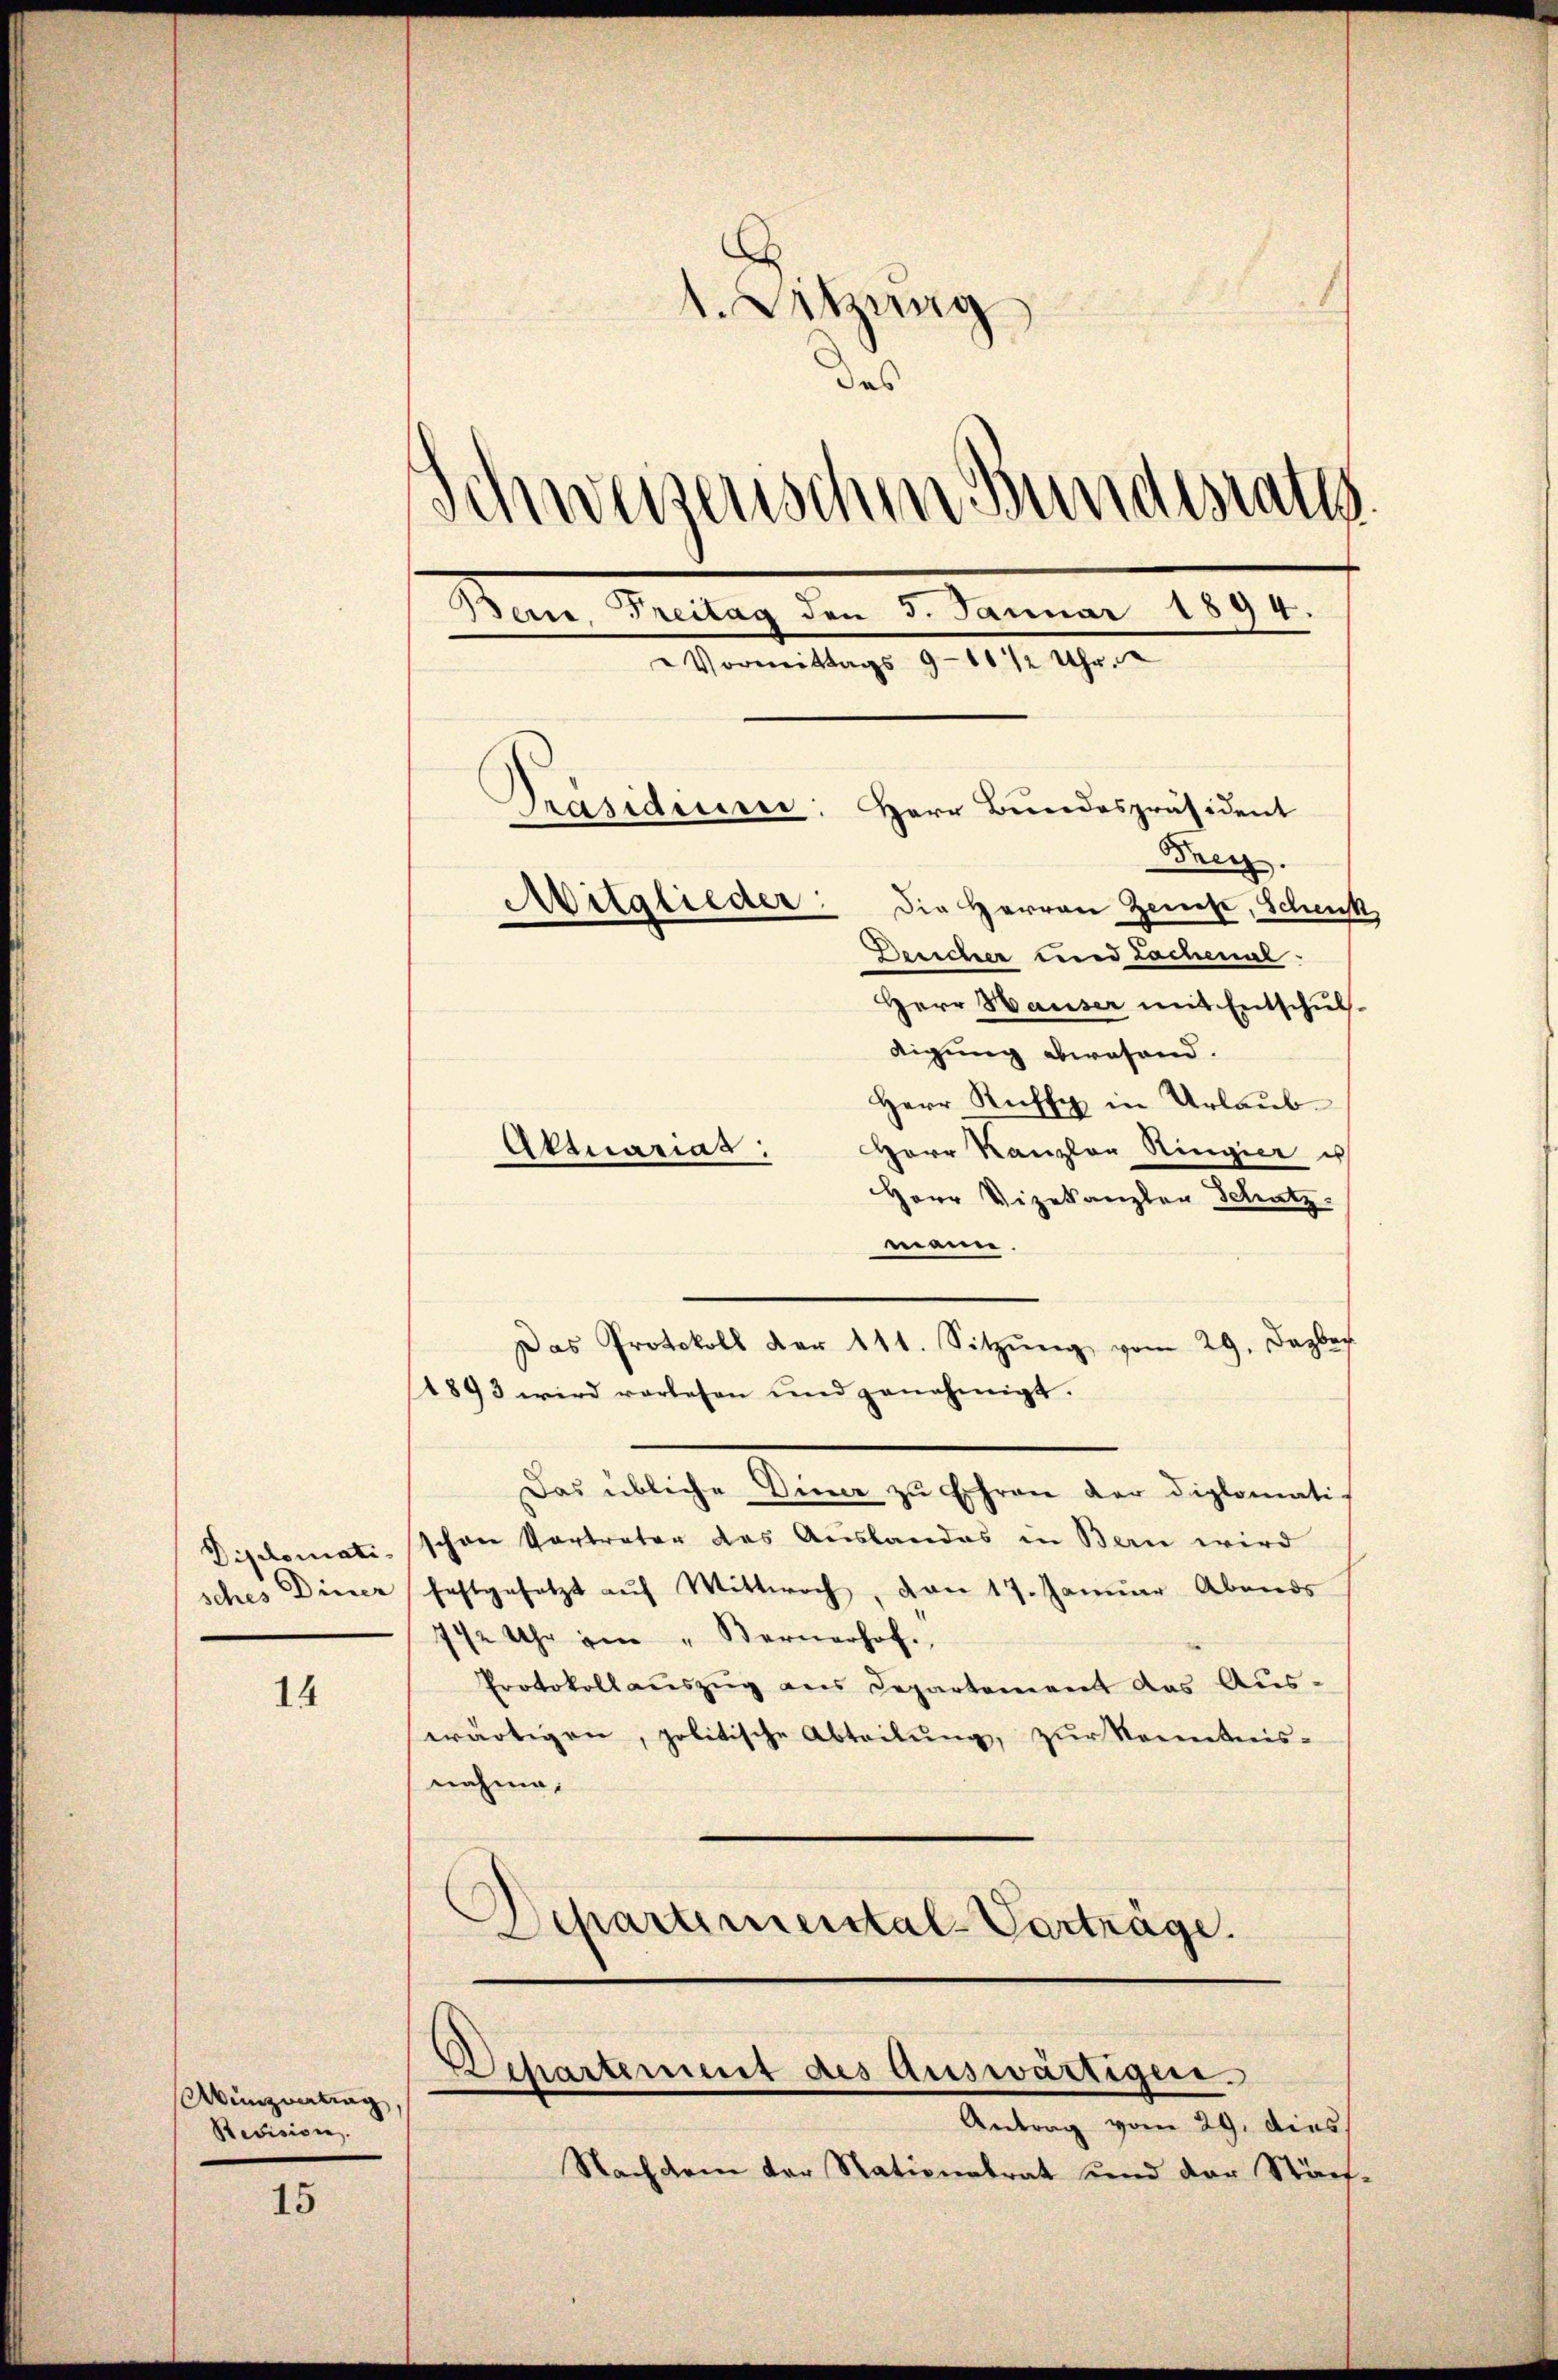
Diplomati¬

14

Wunzwertung
Revision.

15

)
.
1. Sitzung
das
Schweizerischen Bundesrath
Bern, Treitag den 3. Januar 1894.
Vormittags 9-10 1/2 Uhr.
Präsidium
Herr Bundespräsident
Frey.
Mitglieder: Die Herren Zeuge, Schenk
Deucher und Lochenal.
Herr Hauser mit Entschul-
digung abwesend.

Herr Rufs in Urlaub¬
Herr Kanzler Ringier is
Herr Vizekanzler Schatz
mann.
1893 wird vorlesen und genehmigt.
Das übliche Diner zu Ehren der Diplomati-
den Vertreter des Auslandes in Bern wird
e
sches Diner festgesetzt auf Mittwoch, von 17. Januar Abends
7 1/2 Uhr im „Bernerhof.
Protokollaŭszŭg ans Departement das Aus-
wärtigen, politische Abteilŭng zŭr Kenntnis-
nahme.
Schartemental-Verträge.

Aktuarias:

Das Protokoll der 111. Sitzŭng vom 29. Dazber

Departement des Auswärtigen.
Antrag vom 29. dies

Nachdem der Nationalrat und der Stäch¬